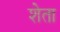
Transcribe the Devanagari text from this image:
शेता